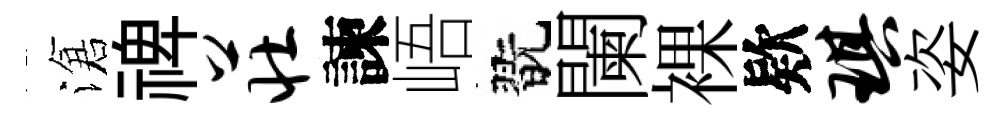
滄禆庄諫峿翫闌裸欵琪姿